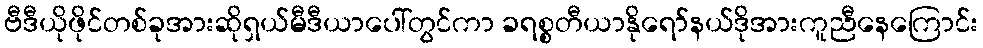
ဗီဒီယိုဖိုင်တစ်ခုအားဆိုရှယ်မီဒီယာပေါ်တွင်ကာ ခရစ္စတီယာနိုရော်နယ်ဒိုအားကူညီနေကြောင်း